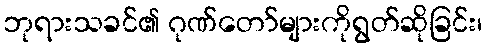
ဘုရားသခင်၏ ဂုဏ်တော်များကိုရွတ်ဆိုခြင်း၊